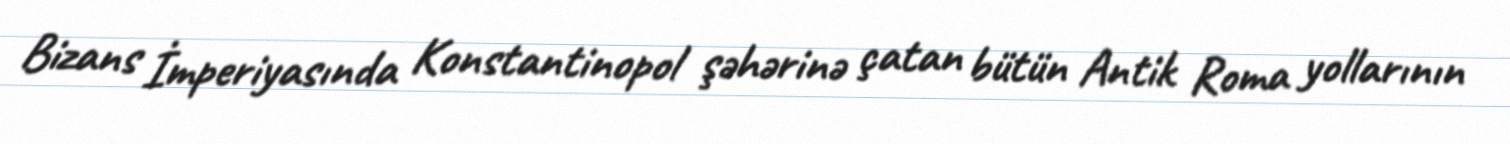
Bizans İmperiyasında Konstantinopol şəhərinə çatan bütün Antik Roma yollarının